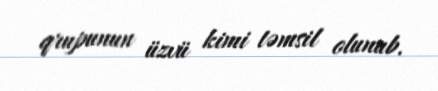
qrupunun üzvü kimi təmsil olunub.